Lunatic asylums in Bengal annual reports 1888-1898 - 1888-1898
Year: 1888
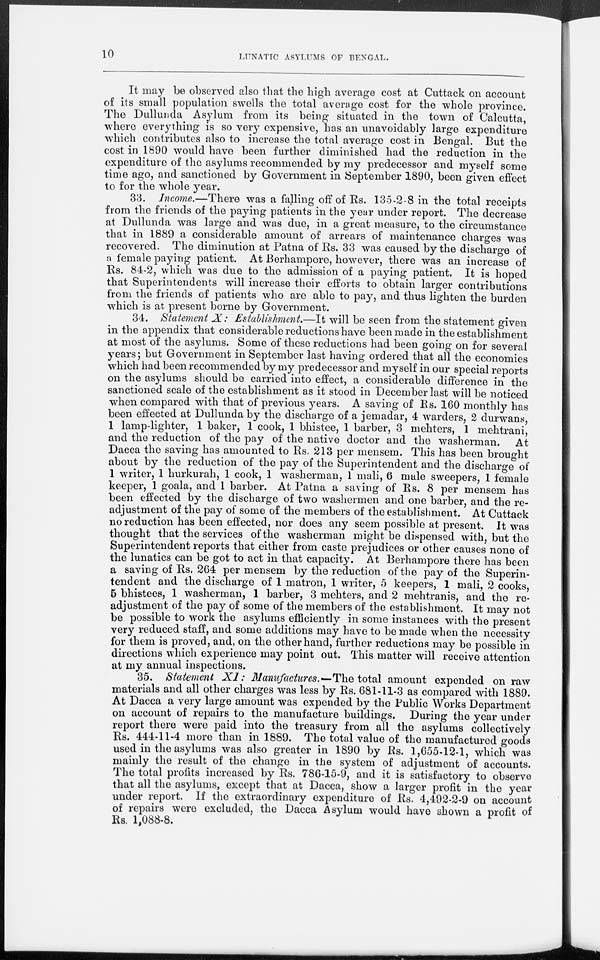
10
LUNATIC ASYLUMS OF BENGAL.
It may be observed also that the high average cost at Cuttack on account
of its small population swells the total average cost for the whole province.
The Dullunda Asylum from its being situated in the town of Calcutta,
where everything is so very expensive, has an unavoidably large expenditure
which contributes also to increase the total average cost in Bengal. But the
cost in 1890 would have been further diminished had the reduction in the
expenditure of the asylums recommended by my predecessor and myself some
time ago, and sanctioned by Government in September 1890, been given effect
to for the whole year.
33. Income.—There was a falling off of Rs. 135-2-8 in the total receipts
from the friends of the paying patients in the year under report. The decrease
at Dullunda was large and was due, in a great measure, to the circumstance
that in 1889 a considerable amount of arrears of maintenance charges was
recovered. The diminution at Patna of Rs. 33 was caused by the discharge of
a female paying patient. At Berhampore, however, there was an increase of
Rs. 84-2, which was due to the admission of a paying patient. It is hoped
that Superintendents will increase their efforts to obtain larger contributions
from the friends of patients who are able to pay, and thus lighten the burden
which is at present borne by Government.
34. Statement X: Establishment,—It will be seen from the statement given
in the appendix that considerable reductions have been made in the establishment
at most of the asylums. Some of these reductions had been going on for several
years; but Government in September last having ordered that all the economies
which had been recommended by my predecessor and myself in our special reports
on the asylums should be carried into effect, a considerable difference in the
sanctioned scale of the establishment as it stood in December last will be noticed
when compared with that of previous years. A saving of Rs. 160 monthly has
been effected at Dullunda by the discharge of a jemadar, 4 warders, 2 durwans,
1 lamp-lighter, 1 baker, 1 cook, 1 bhistee, 1 barber, 3 mehters, 1 mehtrani,
and the reduction of the pay of the native doctor and the washerman.
At
Dacca the saving has amounted to Rs. 213 per mensem. This has been brought
about by the reduction of the pay of the Superintendent and the discharge of
1 writer, 1 hurkurah, 1 cook, 1 washerman, 1 mali, 6 male sweepers, 1 female
keeper, 1 goala, and 1 barber. At Patna a saving of Rs. 8 per mensem has
been effected by the discharge of two washermen and one barber, and the re-
adjustment of the pay of some of the members of the establishment. At Cuttack
no reduction has been effected, nor does any seem possible at present. It was
thought that the services of the washerman might be dispensed with, but the
Superintendent reports that either from caste prejudices or other causes none of
the lunatics can be got to act in that capacity. At Berhampore there has been
a saving of Rs. 264 per mensem by the reduction of the pay of the Superin-
tendent and the discharge of 1 matron, 1 writer, 5 keepers, 1 mali, 2 cooks,
5 bhistees, 1 washerman, 1 barber, 3 mehters, and 2 mehtranis, and the re-
adjustment of the pay of some of the members of the establishment. It may not
be possible to work the asylums efficiently in some instances with the present
very reduced staff, and some additions may have to be made when the necessity
for them is proved, and, on the other hand, further reductions may be possible in
directions which experience may point out. This matter will receive attention
at my annual inspections.
35. Statement XI: Manufactures.-The
total amount expended on raw
materials and all other charges was less by Rs. 681-11-3 as compared with 1889.
At Dacca a very large amount was expended by the Public Works Department
on account of repairs to the manufacture buildings. During the year under
report there were paid into the treasury from all the asylums collectively
Rs. 444-11-4 more than in 1889. The total value of the manufactured goods
used in the asylums was also greater in 1890 by Rs. 1,655-12-1, which was
mainly the result of the change in the system of adjustment of accounts.
The total profits increased by Rs. 786-15-9, and it is satisfactory to observe
that all the asylums, except that at Dacca, show a larger profit in the year
under report. If the extraordinary expenditure of Rs. 4,492-2-9 on account
of repairs were excluded, the Dacca Asylum would have shown a profit of
Rs. 1,088-8.